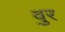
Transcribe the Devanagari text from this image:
वुर